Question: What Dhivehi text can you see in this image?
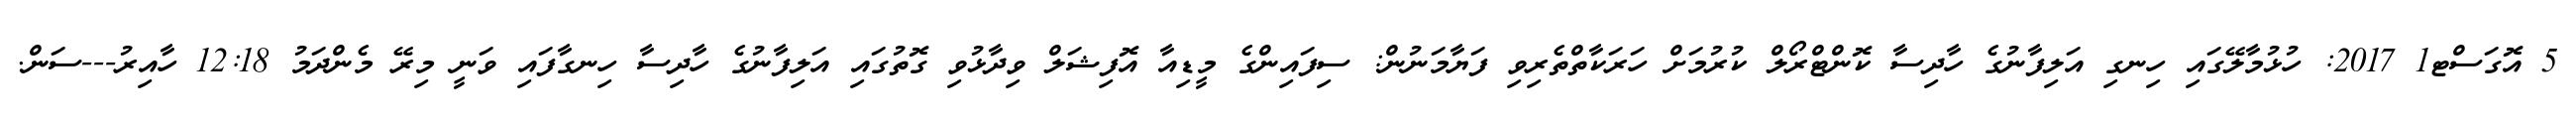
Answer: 5 އޮގަސްޓ1 2017: ހުޅުމާލޭގައި ހިނގި އަލިފާނުގެ ހާދިސާ ކޮންޓްރޯލް ކުރުމަށް ހަރަކާތްތެރިވި ފަޔާމަނުން: ސިފައިންގެ މީޑިއާ އޮފިޝަލް ވިދާޅުވި ގޮތުގައި އަލިފާނުގެ ހާދިސާ ހިނގާފައި ވަނީ މިރޭ މެންދަމު 12:18 ހާއިރު---ސަން.